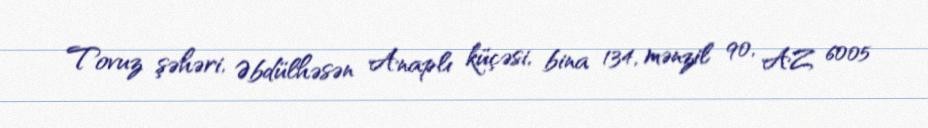
Tovuz şəhəri, Əbdülhəsən Anaplı küçəsi, bina 134, mənzil 90, AZ 6005